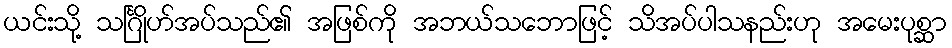
ယင်းသို့ သင်္ဂြိုဟ်အပ်သည်၏ အဖြစ်ကို အဘယ်သဘောဖြင့် သိအပ်ပါသနည်းဟု အမေးပုစ္ဆာ